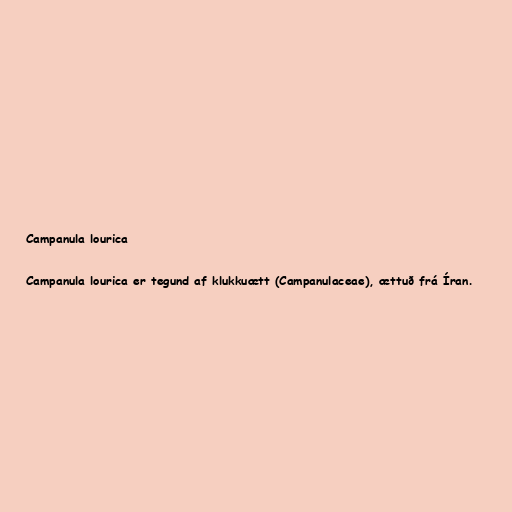
Campanula lourica

Campanula lourica er tegund af klukkuætt (Campanulaceae), ættuð frá Íran.